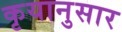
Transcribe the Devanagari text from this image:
कृयानुसार